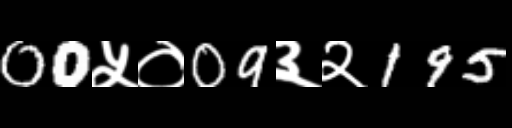
Text: 00५०09३२195